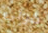
كونى